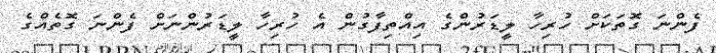
ފެންނަ ގޮތަކަށް ހުރިހާ ލީޑަރުންގެ އިއްތިފާގުން އެ ހުރިހާ ލީޑަރުންނަށް ފެންނަ ގޮތެއްގެ